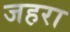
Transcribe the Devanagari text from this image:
जहरा